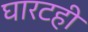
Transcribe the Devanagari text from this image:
घारटही